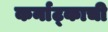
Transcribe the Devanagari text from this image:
कर्नाट्काची